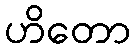
ဟိတော